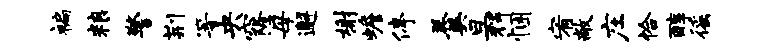
褊粮警荆等央窿母邂榭蟾停羹旦辉悃宥敞庄恰醇徭